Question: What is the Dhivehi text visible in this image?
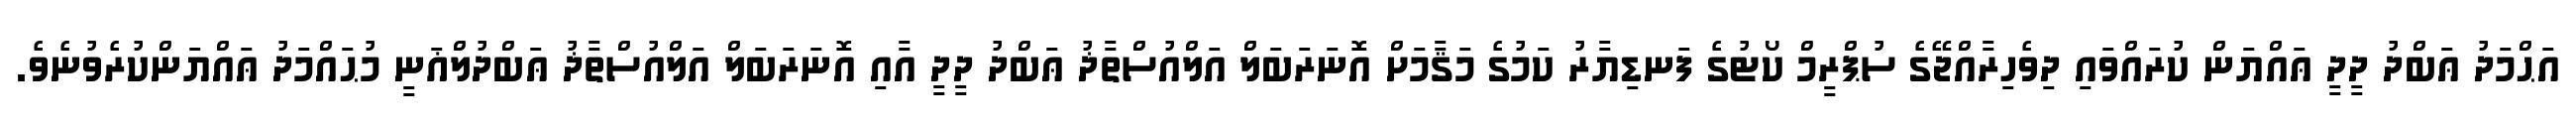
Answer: އަޙްމަދު ޢަބްދު ދީދީ ޢައްޔަން ކުރައްވައި ދިވެހިރާއްޖޭގެ ސުޕްރީމް ކޯޓުގެ ފަނޑިޔާރު ކަމުގެ މަޤާމަށް އޮނަރަބަލް އަލްއުސްތާޛު ޢަބްދު ދީދީ އާއި އޮނަރަބަލް އަލްއުސްތާޛު ޢަބްދުލްޣަނީ މުޙައްމަދު ޢައްޔަންކުރެވުނެވެ.